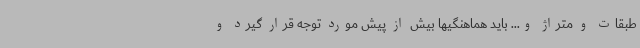
طبقات و متراژ و... باید هماهنگیها بیش از پیش مورد توجه قرار گیرد و